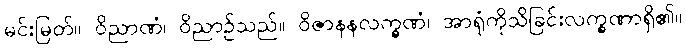
မင်းမြတ်။ ဝိညာဏံ၊ ဝိညာဉ်သည်။ ဝိဇာနနလက္ခဏံ၊ အာရုံကိုသိခြင်းလက္ခဏာရှိ၏။